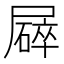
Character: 𡳥